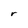
Character: r